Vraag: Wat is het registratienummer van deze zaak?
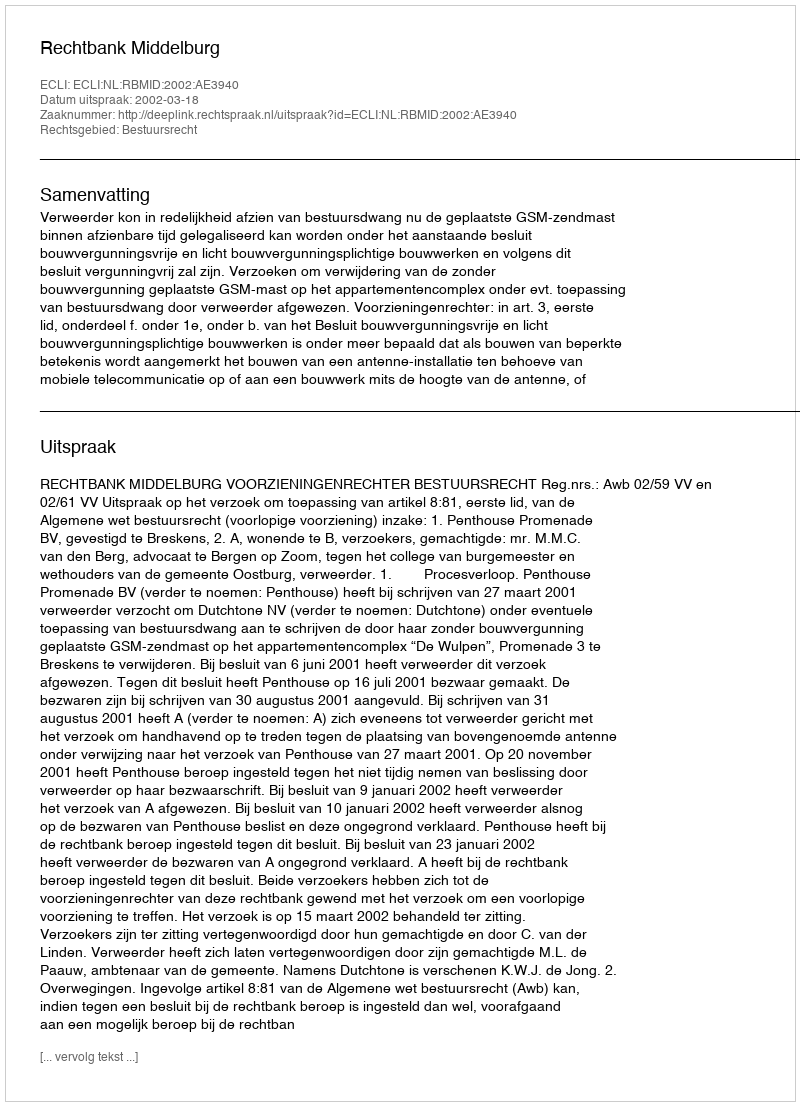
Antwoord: http://deeplink.rechtspraak.nl/uitspraak?id=ECLI:NL:RBMID:2002:AE3940